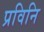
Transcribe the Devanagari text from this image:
प्रविनि